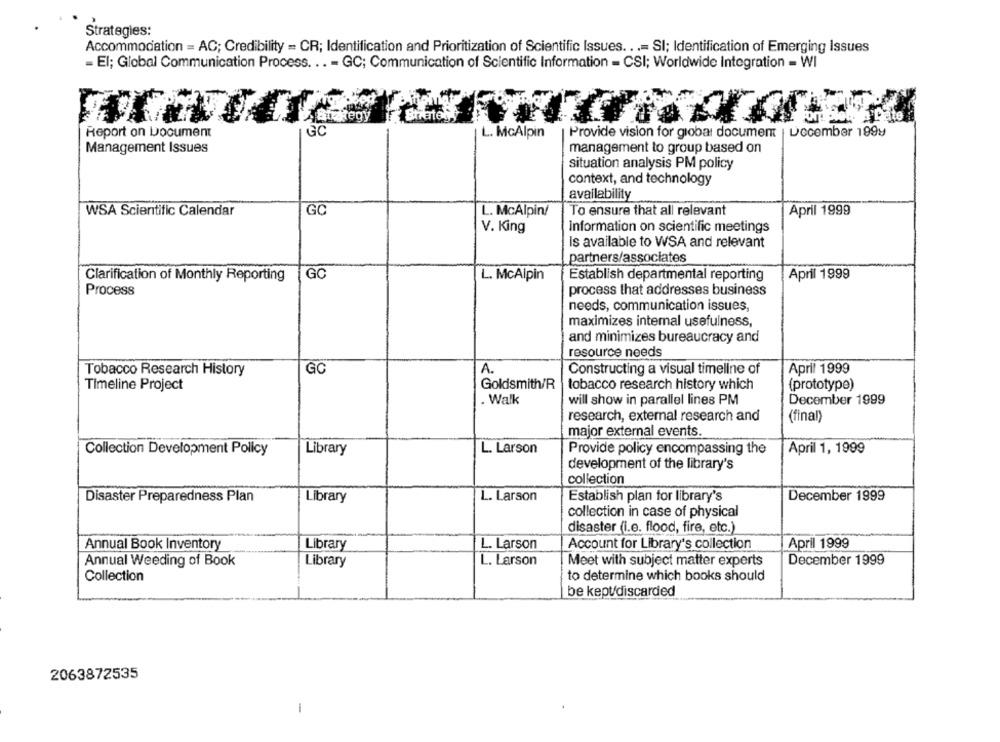
Strategies:
Accommodation = AC; Credibility = CR; Identification and Prioritization of Scientific Issues ...= SI; Identification of Emerging Issues
= El; Global Communication Process. .. - GC; Communication of Scientific Information - CSI; Worldwide Integration - WI
Briantesy
Report on Document
GC
Provide vision for global document | December 199y
L. McAlpin
Management Issues
management to group based on
situation analysis PM policy
context, and technology
availability
WSA Scientific Calendar
GC
L. McAlpin/
To ensure that all relevant
April 1999
V. King
Information on scientific meetings
Is available to WSA and relevant
partners/associates
Clarification of Monthly Reporting GC
L. McAlpin
Establish departmental reporting
April 1999
Process
process that addresses business
needs, communication issues,
maximizes internal usefulness,
and minimizes bureaucracy and
resource needs
Tobacco Research History
GC
A.
Constructing a visual timeline of
April 1999
Goldsmith/R
tobacco research history which
(prototype)
Timeline Project
.Walk
will show in parallel lines PM
December 1999
research, external research and
(final)
major external events.
Collection Development Policy
Library
L. Larson
Provide policy encompassing the
April 1, 1999
development of the library's
collection
Disaster Preparedness Plan
Library
L. Larson
Establish plan for library's
December 1999
collection in case of physical
disaster (i.e. flood, fire, etc.)
Annual Book Inventory
Library
L. Larson
Account for Library's collection
April 1999
Annual Weeding of Book
Library
L. Larson
Meet with subject matter experts
December 1999
Collection
to determine which books should
be kept/discarded
2063872535